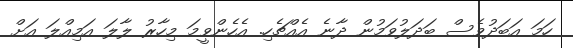
ހަމަ އަބަދުވެސް ބަދަލުވަމުން ދާނެ އެއްޗެހި. އެހެންވީމަ މިހާރު ލާލަ އަމިއްލަ އަށް